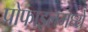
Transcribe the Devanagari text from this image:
प्रोफाइलमध्ये